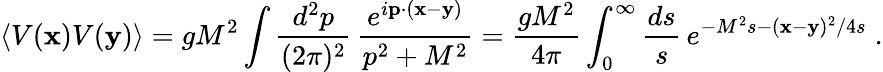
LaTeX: \langle V({\mathbf x})V({\mathbf y})\rangle=gM^{2}\int\frac{d^{2}p}{(2\pi)^{2}}\, \frac{e^{i{\mathbf p}\cdot({\mathbf x}-{\mathbf y})}}{p^{2}+M^{2}}=\frac{gM^{2}}{4\pi}\int_{0}^{\infty}\frac{ds}{s}\, e^{-M^{2}s-({\mathbf x}-{\mathbf y})^{2}/4s}\; .